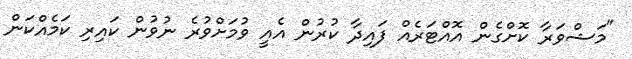
"މަޝްވަރާ ކޮށްގެން އޮއްޓަރެއް ފައިދާ ކުރުން އެއީ ވުމަށްވުރެ ނުވުން ކައިރި ކަމެއްކަން